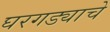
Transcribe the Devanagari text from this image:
घरगड्याचे